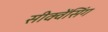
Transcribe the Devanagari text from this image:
सीक्वेंसिंग